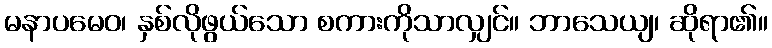
မနာပမေဝ၊ နှစ်လိုဖွယ်သော စကားကိုသာလျှင်။ ဘာသေယျ၊ ဆိုရာ၏။